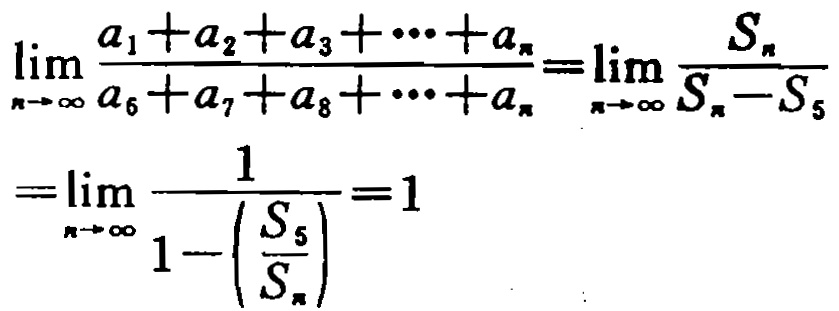
\[\lim_{n \to \infty} \frac{a_{1}+a_{2}+a_{3}+\cdots +a_{n}}{a_{6}+a_{7}+a_{8}+\cdots +a_{n}}=\lim_{n \to \infty} \frac{S_{n}}{S_{n}-S_{5}}=\lim_{n \to \infty} \frac{1}{1 - \left(\frac{S_{5}}{S_{n}}\right)}=1\]